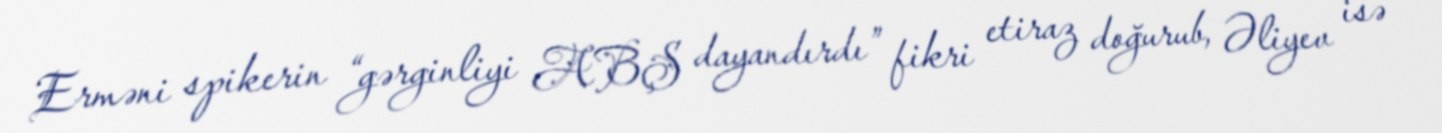
Erməni spikerin “gərginliyi ABŞ dayandırdı” fikri etiraz doğurub, Əliyev isə